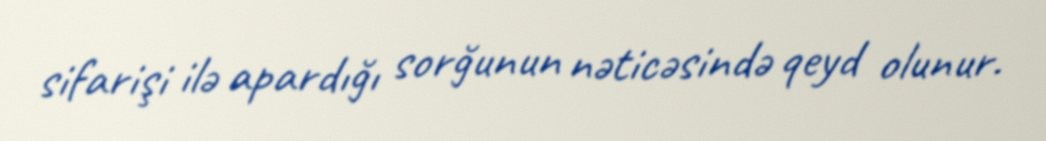
sifarişi ilə apardığı sorğunun nəticəsində qeyd olunur.